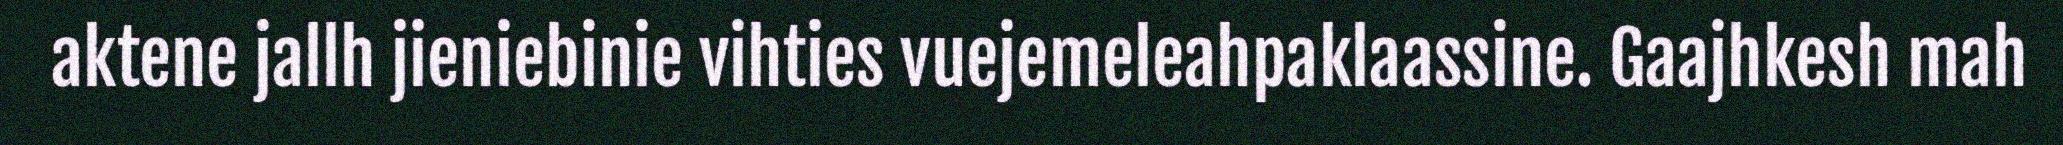
aktene jallh jieniebinie vihties vuejemeleahpaklaassine. Gaajhkesh mah